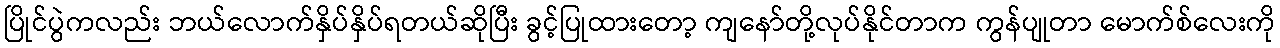
ပြိုင်ပွဲကလည်း ဘယ်လောက်နှိပ်နှိပ်ရတယ်ဆိုပြီး ခွင့်ပြုထားတော့ ကျနော်တို့လုပ်နိုင်တာက ကွန်ပျုတာ မောက်စ်လေးကို